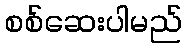
စစ်ဆေးပါမည်